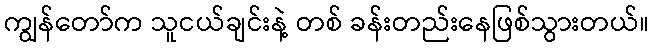
ကျွန်တော်က သူငယ်ချင်းနဲ့ တစ် ခန်းတည်းနေဖြစ်သွားတယ်။